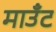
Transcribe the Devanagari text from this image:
माउँट